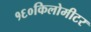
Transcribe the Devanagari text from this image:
१६०किलोमीटर